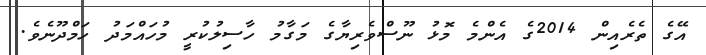
އޭގެ ތެރެއިން 2014ގެ އެންމެ މޮޅު ނޫސްވެރިޔާގެ މަގާމު ހާސިލުކުރީ މުހައްމަދު ހަމްދޫނެވެ.